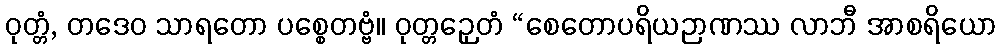
ဝုတ္တံ, တဒေဝ သာရတော ပစ္စေတဗ္ဗံ။ ဝုတ္တဉှေတံ “စေတောပရိယဉာဏဿ လာဘီ အာစရိယော